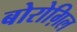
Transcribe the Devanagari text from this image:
बोरोग़िल